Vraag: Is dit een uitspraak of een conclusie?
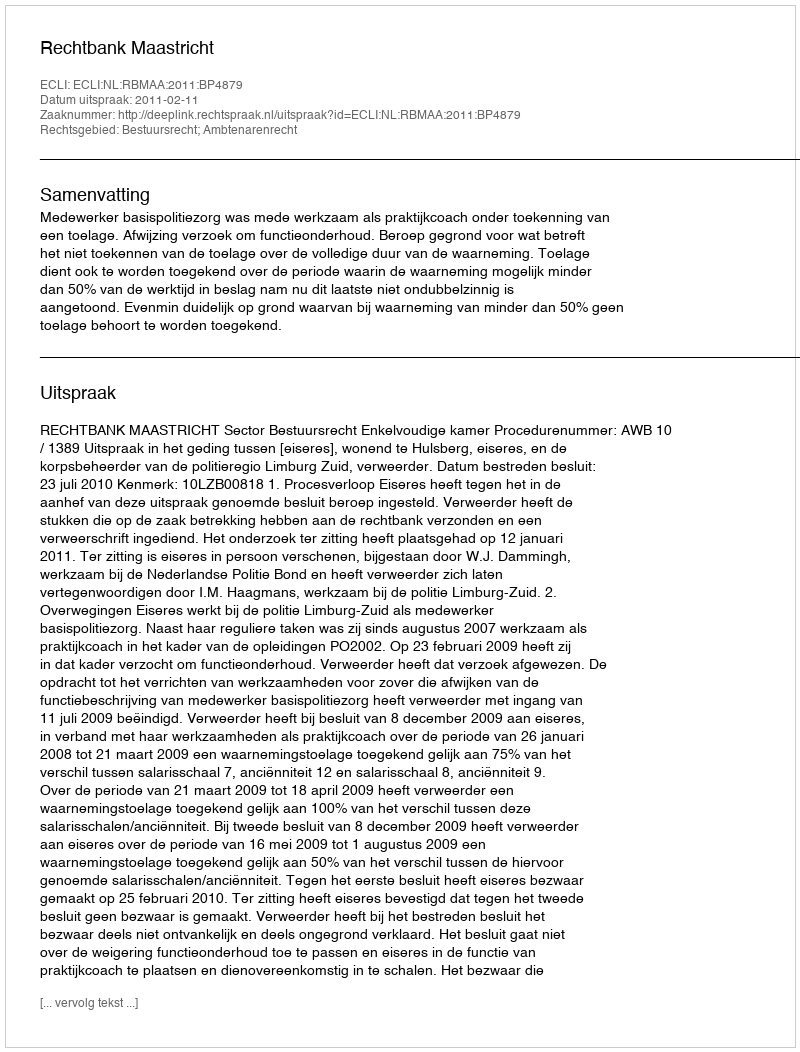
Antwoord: Uitspraak